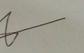
Signature authenticity: genuine